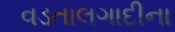
વડતાલગાદીના